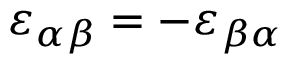
\varepsilon _ { \alpha \beta } = - \varepsilon _ { \beta \alpha }